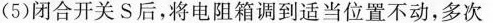
(5)闭合开关S后，将电阻箱调到适当位置不动，多次